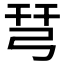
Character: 𢏗